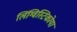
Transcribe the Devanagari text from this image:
लिंग्विस्टिकोया